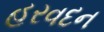
હરવદન